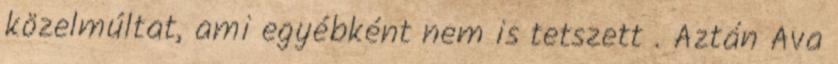
közelmúltat, ami egyébként nem is tetszett . Aztán Ava